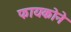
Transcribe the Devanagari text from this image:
फायकोने